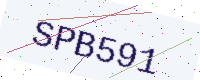
Text: SPB591